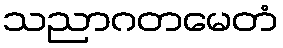
သညာဂတမေတံ